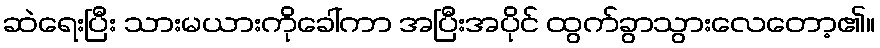
ဆဲရေးပြီး သားမယားကိုခေါ်ကာ အပြီးအပိုင် ထွက်ခွာသွားလေတော့၏။